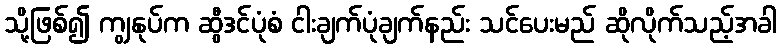
သို့ဖြစ်၍ ကျွနုပ်က ဆွီဒင်ပုံစံ ငါးချက်ပုံချက်နည်း သင်ပေးမည် ဆိုလိုက်သည့်အခါ